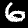
Digit: 6